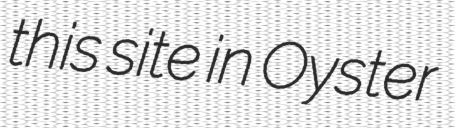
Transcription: this site in Oyster